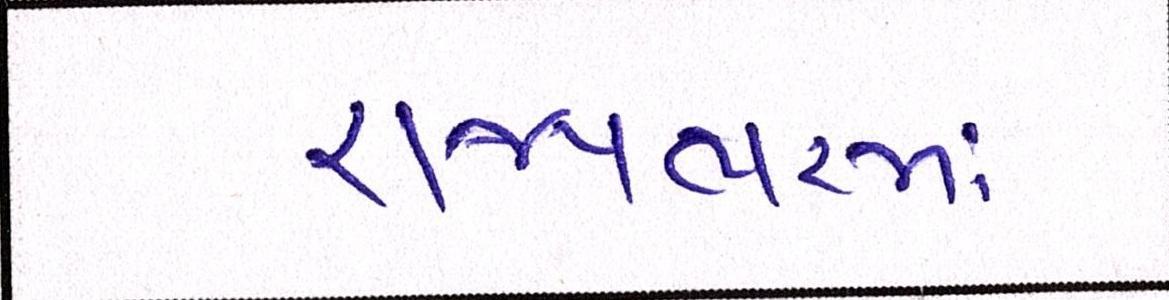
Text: રાજ્યભરમાં